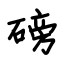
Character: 磅